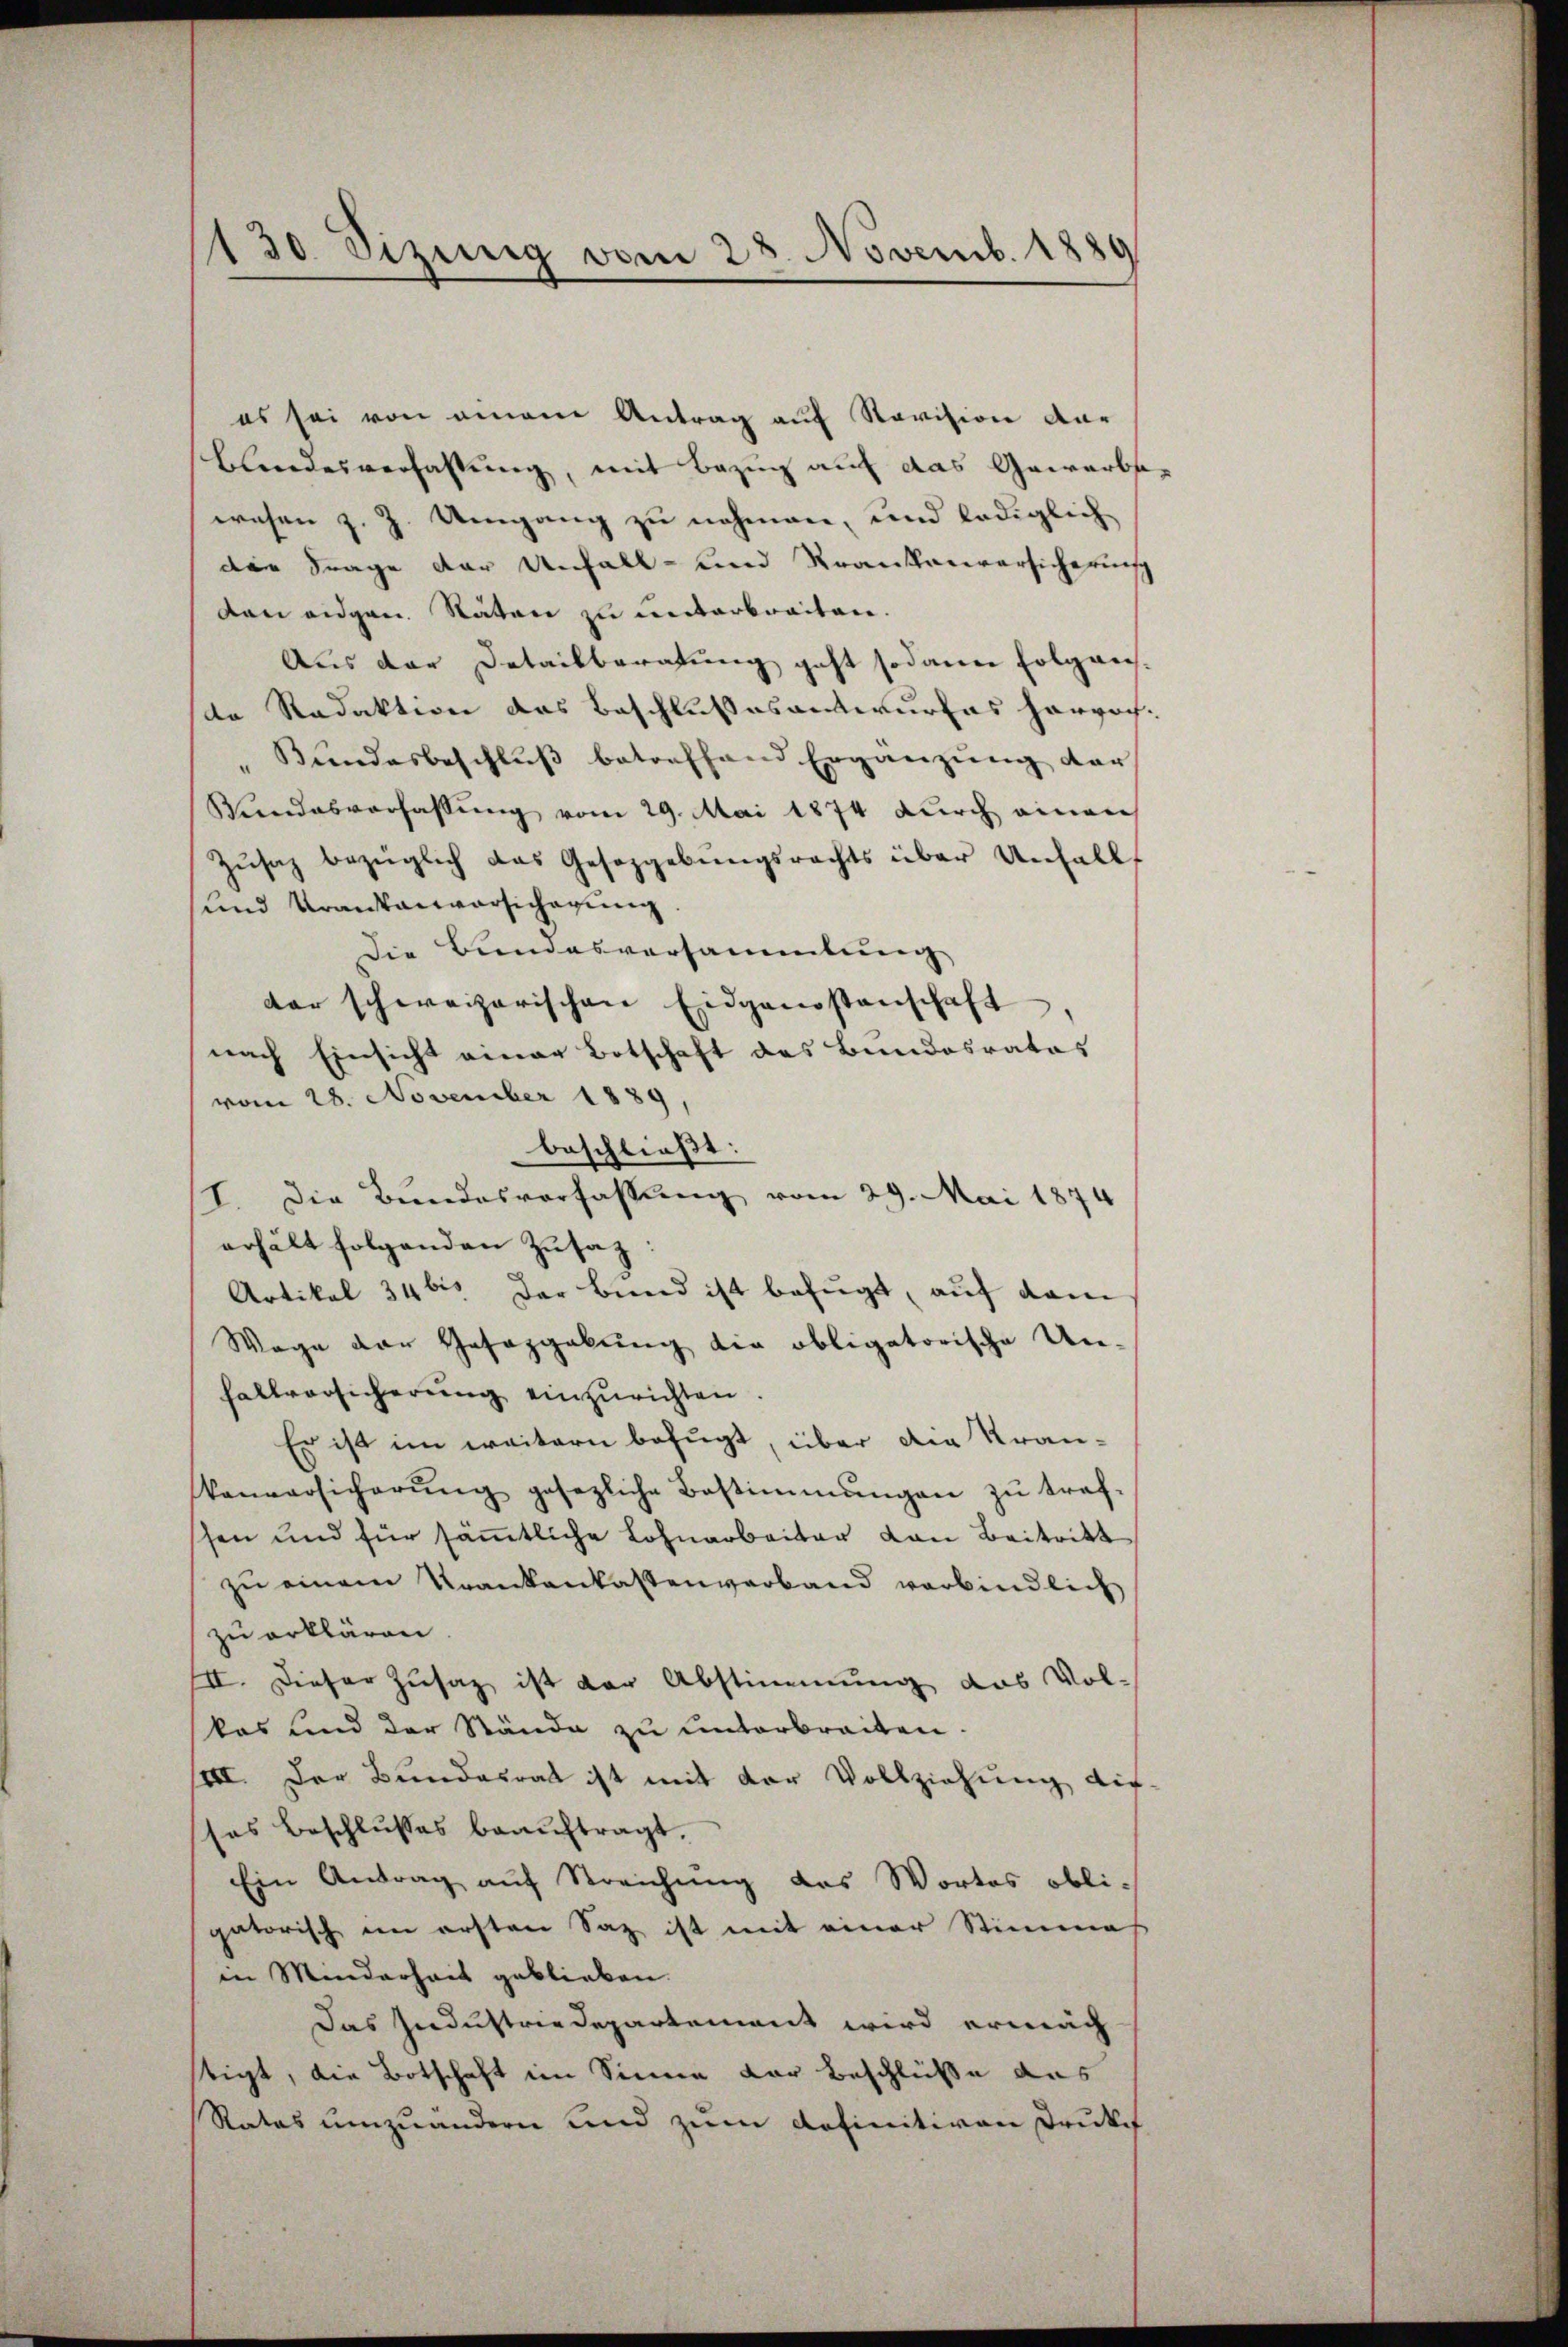
130 Sizung vom 28. Novemb. 1889

es sei von einem Antrag auf Revision dar
Blindesverfassung, mit Bezug auf das Gewerbs
wesen z. Z. Umgang zu nehmen, und lediglich
die Frage der Unfall- und Krankenversicheruns
dan eidgen. Naton zu unterbreiten.
Aus der Detailberatung geht sodann folgens-
de Redaktion das Beschlußes antwurfes hervor-
Bundesbeschluß betreffend Ergänzung der
Wundesverfassung vom 29. Mai 1874 durch einer
Zŭsaz bezüglich das Gesetzgebungsrechts über Unfall
und Krankenversicherung.
die Bundesversammlung
der schweizerischen Eidgenossenschaft
nach Einsicht einer Botschaft des Bundesrates
vom 28. November 1889,
beschließt:
I. Die Bundesverfassung vom 29. Mai 1874
erhält folgenden Zusatz:
Artikel 34 bis der Bund ist befugt, auf dem
Wage der Gesaggelŭng die obligatorische Un-
fallversicherung einzurichten.
Es ist im weitern befugt, über die Kran-
konversicherŭng gesezliche Bestimmungen zŭ traf-
schen und für säṁtliche Lohnarbeiter von Beitritt
zu einem Krankenkassenverband verbindlich
zu erklären.
II. Dieser Zusag ist der Abstimmung das Vol-
kas und der Stände zu unterbreiten.
III. Der Bundesrat ist mit der Vollziehung die-
ses Beschlusses beauftragt.
Ein Antrag auf Streichung das Wortes obli-
gatorisch im ersten Saz ist mit einer Stimmes
in Minderheit geblieben.
Das Industriedepartement wird ermag
stigt, die Botschaft im Sinne der Beschlüße das
Ratas umzuändern und zum definitiven Drukeh